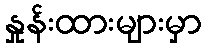
နှုန်းထားများမှာ